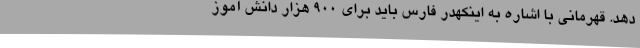
دهد. قهرمانی با اشاره به اینکهدر فارس باید برای 900 هزار دانش آموز